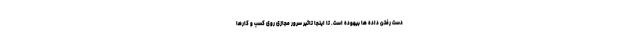
دست رفتن داده ها بیهوده است. تا اینجا تاثیر سرور مجازی روی کسب و کارها